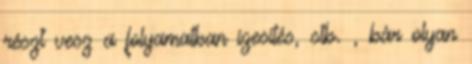
részt vesz a folyamatban ízesítés, stb. , bár olyan